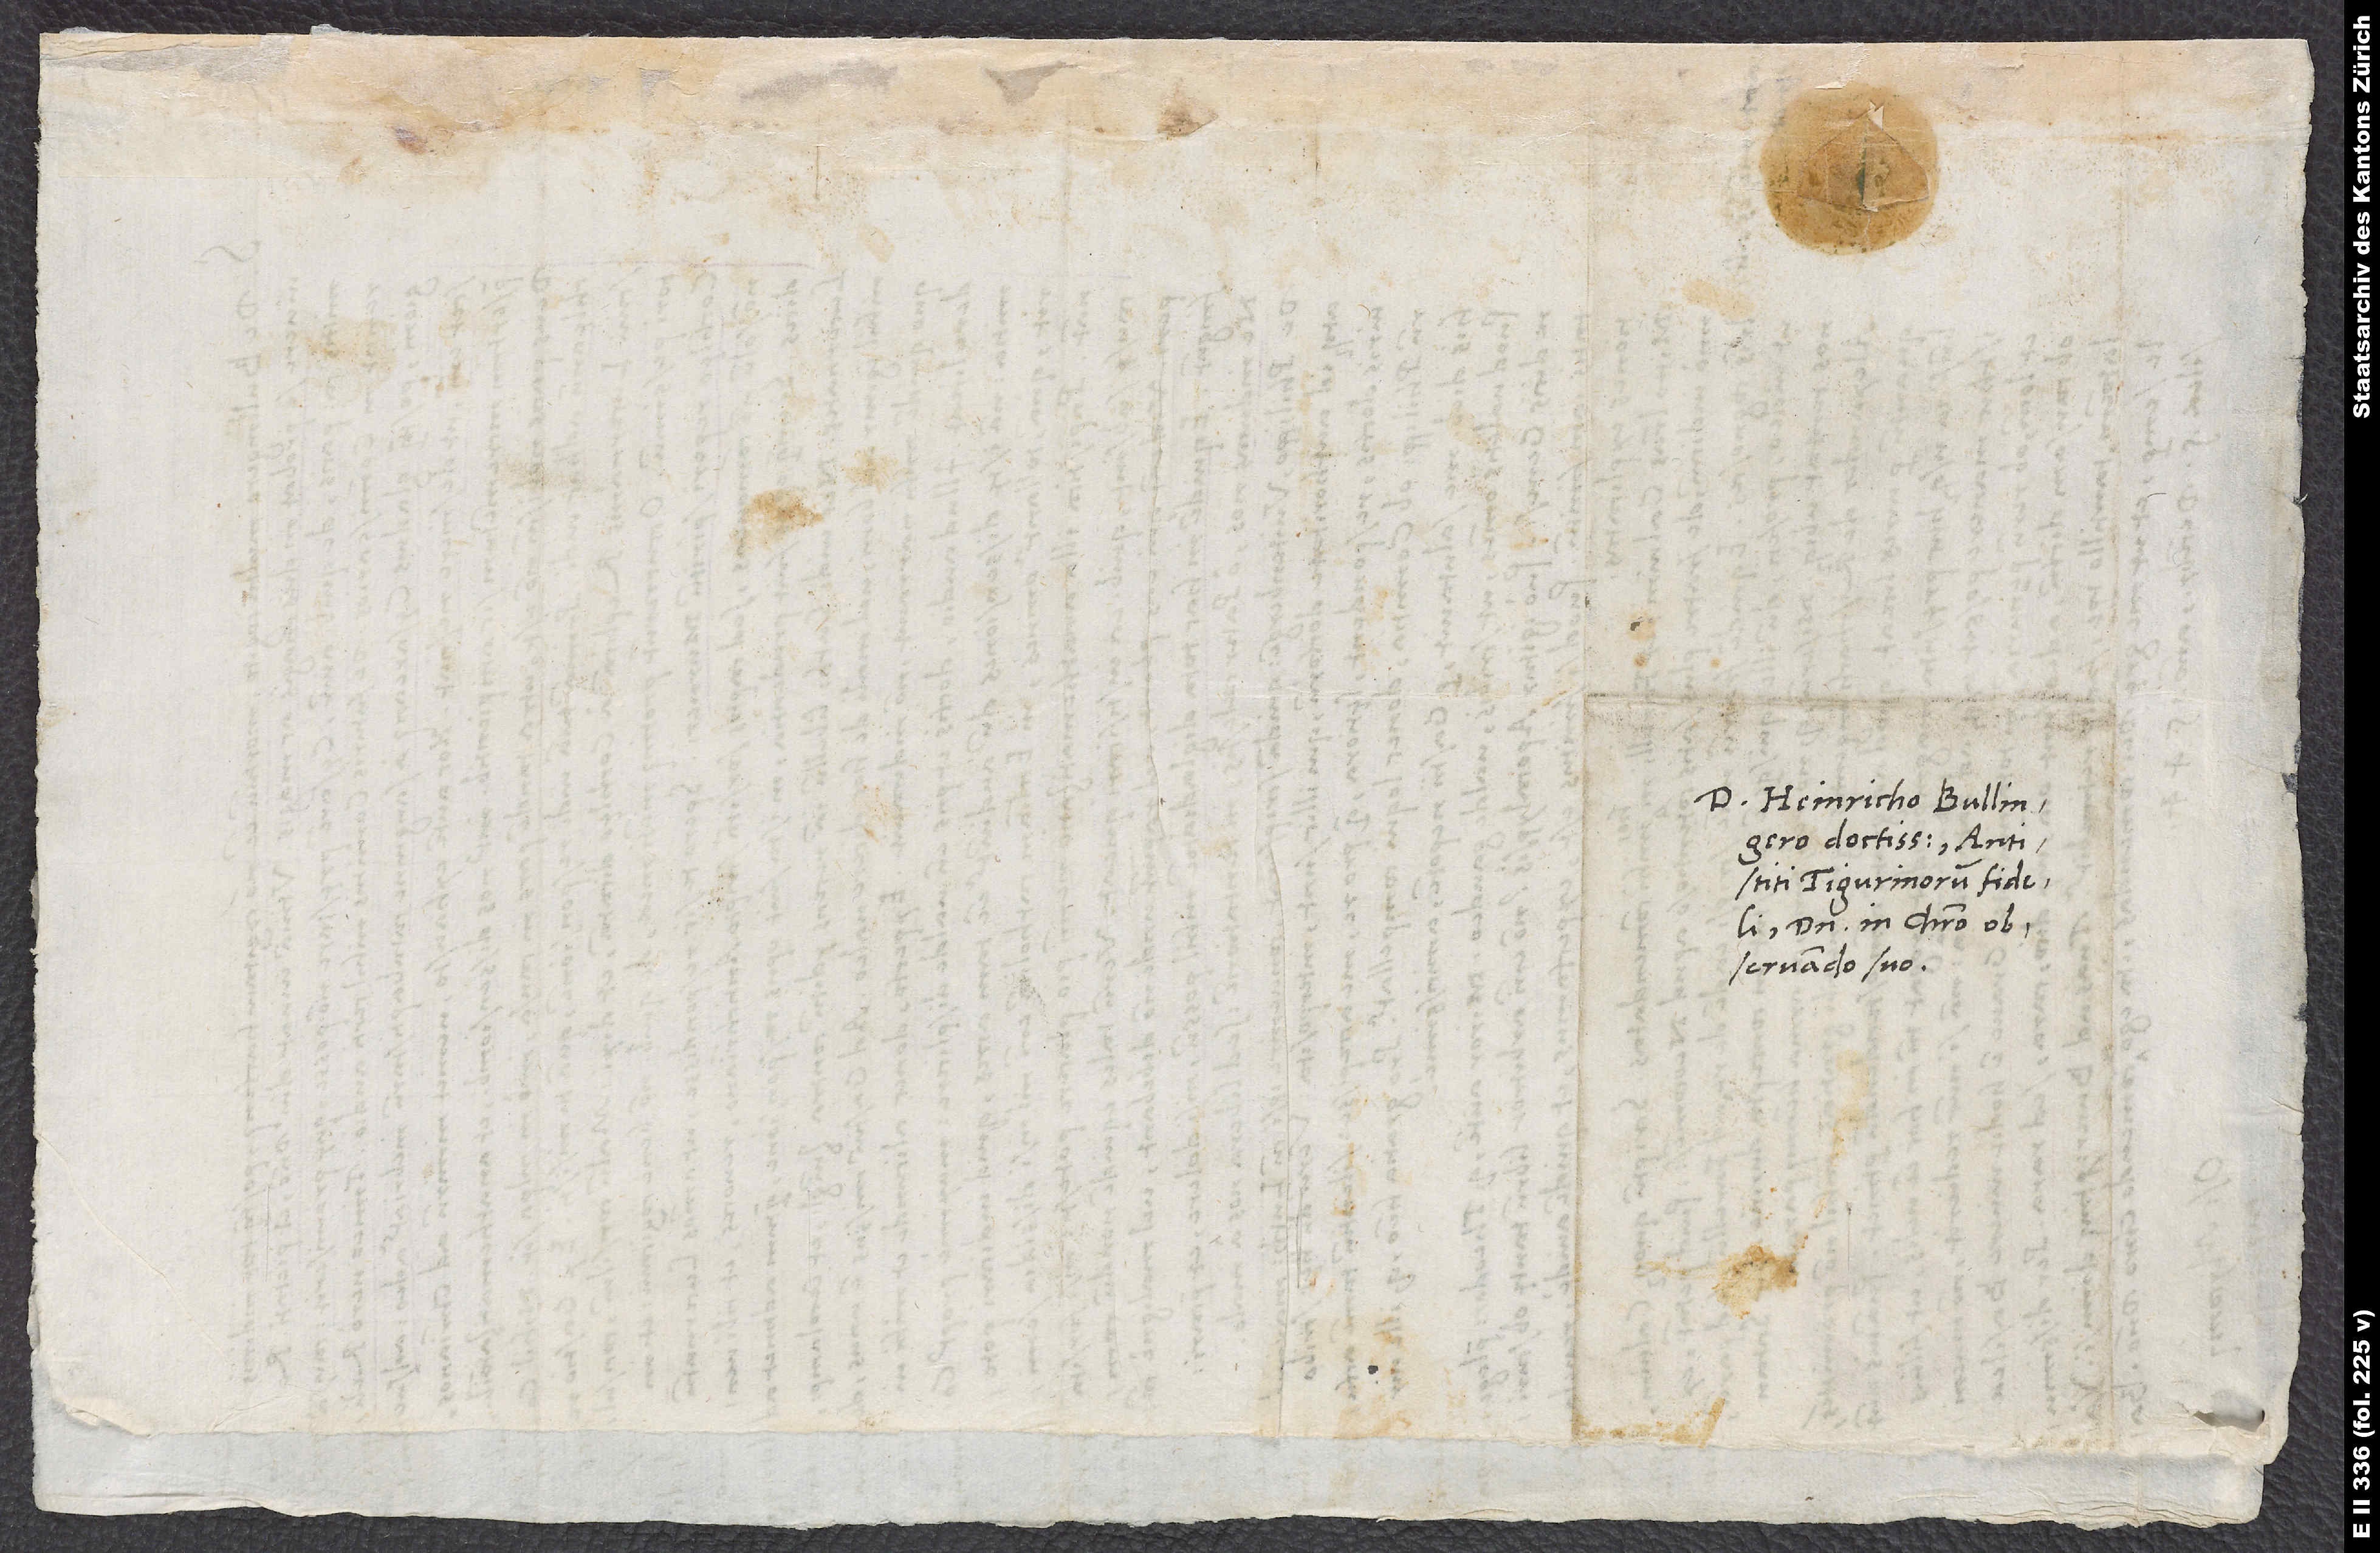
D. Heinricho Bullingero
doctissimo, antistiti
Tigurinorum fideli,
domino in Christo
observando suo.